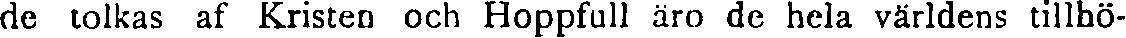
de tolkas af Kristen och Hoppfull äro de hela världens tillhö-